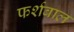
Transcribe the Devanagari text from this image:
फर्शबाल